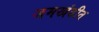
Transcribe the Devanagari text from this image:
जमखंडीत